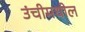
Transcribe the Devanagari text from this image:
उंचीमधील